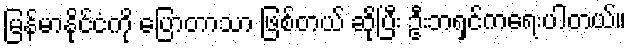
မြန်မာနိုင်ငံကို ပြောတာသာ ဖြစ်တယ် ဆိုပြီး ဦးဘရှင်ကရေးပါတယ်။